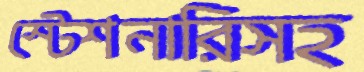
স্টেশনারিসহ